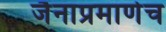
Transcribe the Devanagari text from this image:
जैनाप्रमाणेच